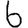
Digit: 6